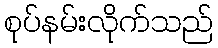
စုပ်နမ်းလိုက်သည်